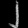
Digit: ၂